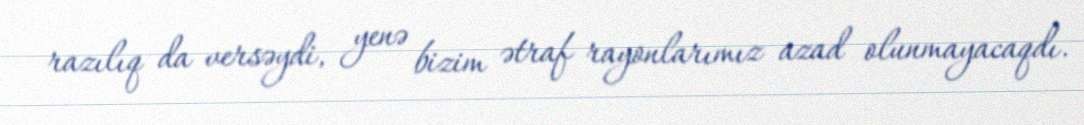
razılıq da versəydi, yenə bizim ətraf rayonlarımız azad olunmayacaqdı.